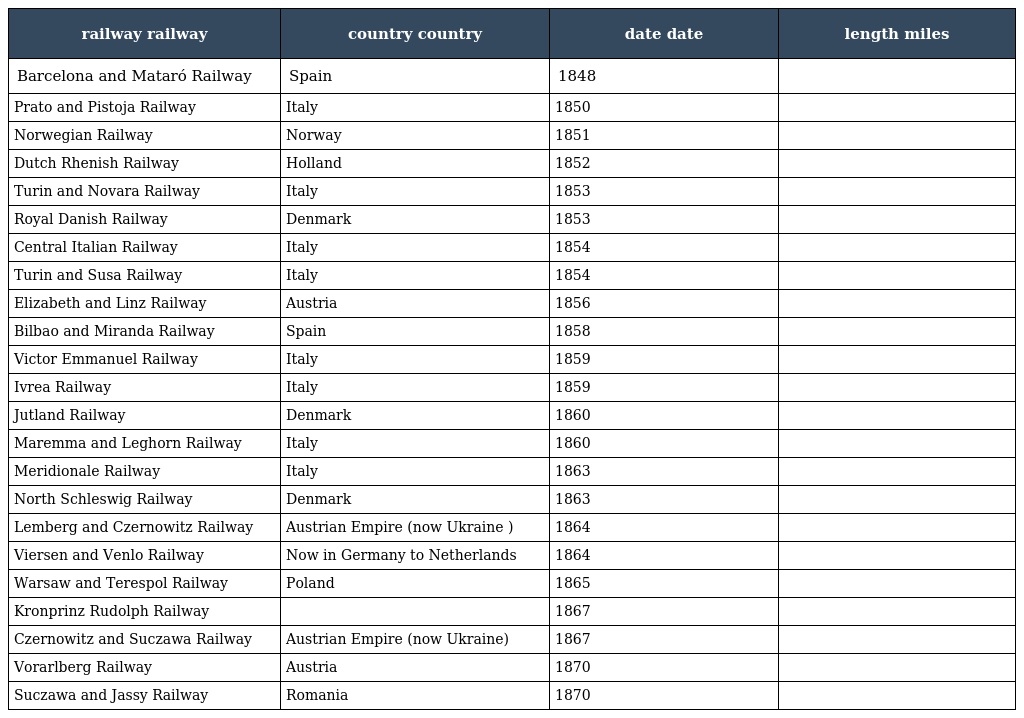
| railway railway | country country | date date | length miles |
 | --- | --- | --- | --- |
 | Barcelona and Mataró Railway | Spain | 1848 |  |
 | Prato and Pistoja Railway | Italy | 1850 |  |
 | Norwegian Railway | Norway | 1851 |  |
 | Dutch Rhenish Railway | Holland | 1852 |  |
 | Turin and Novara Railway | Italy | 1853 |  |
 | Royal Danish Railway | Denmark | 1853 |  |
 | Central Italian Railway | Italy | 1854 |  |
 | Turin and Susa Railway | Italy | 1854 |  |
 | Elizabeth and Linz Railway | Austria | 1856 |  |
 | Bilbao and Miranda Railway | Spain | 1858 |  |
 | Victor Emmanuel Railway | Italy | 1859 |  |
 | Ivrea Railway | Italy | 1859 |  |
 | Jutland Railway | Denmark | 1860 |  |
 | Maremma and Leghorn Railway | Italy | 1860 |  |
 | Meridionale Railway | Italy | 1863 |  |
 | North Schleswig Railway | Denmark | 1863 |  |
 | Lemberg and Czernowitz Railway | Austrian Empire (now Ukraine ) | 1864 |  |
 | Viersen and Venlo Railway | Now in Germany to Netherlands | 1864 |  |
 | Warsaw and Terespol Railway | Poland | 1865 |  |
 | Kronprinz Rudolph Railway |  | 1867 |  |
 | Czernowitz and Suczawa Railway | Austrian Empire (now Ukraine) | 1867 |  |
 | Vorarlberg Railway | Austria | 1870 |  |
 | Suczawa and Jassy Railway | Romania | 1870 |  |